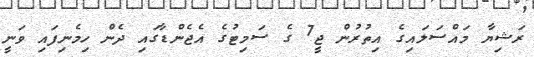
ރަޝިޔާ މައްސަލައިގެ އިތުރުން ޖީ7 ގެ ސަމިޓުގެ އެޖެންޑާގައި ދެން ހިމެނިފައި ވަނީ